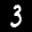
Label: 3